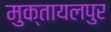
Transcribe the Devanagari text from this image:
मुक्तायलपुर